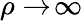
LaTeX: \rho\to\! \infty